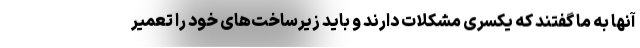
آنها به ما گفتند که یکسری مشکلات دارند و باید زیرساخت‌های خود را تعمیر